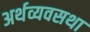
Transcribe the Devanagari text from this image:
अर्थव्यवसथा